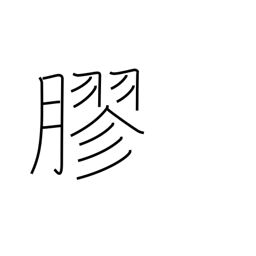
Meaning: glue